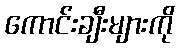
ကောင်းချီးများကို